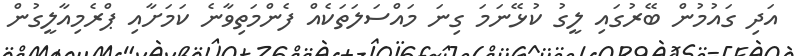
އަދި ގައުމުން ބޭރުގައި ލީގު ކުޅޭނަމަ ގިނަ މައްސަލަތަކެއް ފެންމަތިވާނެ ކަމަށާއި ޕްރެމިއާލީގުން